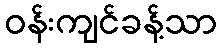
ဝန်းကျင်ခန့်သာ